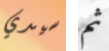
سيدي ثم